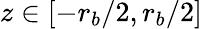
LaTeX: z\in[-r_{b}/2,r_{b}/2]